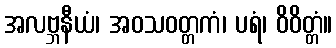
အလဗ္ဘနီယံ၊ အဝသဝတ္တကံ၊ ပရံ၊ ဝိဝိတ္တံ။